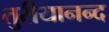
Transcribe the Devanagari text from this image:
तुरीयानन्द